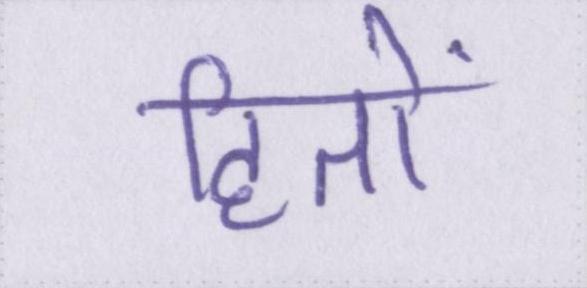
हितों